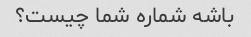
باشه شماره شما چیست؟